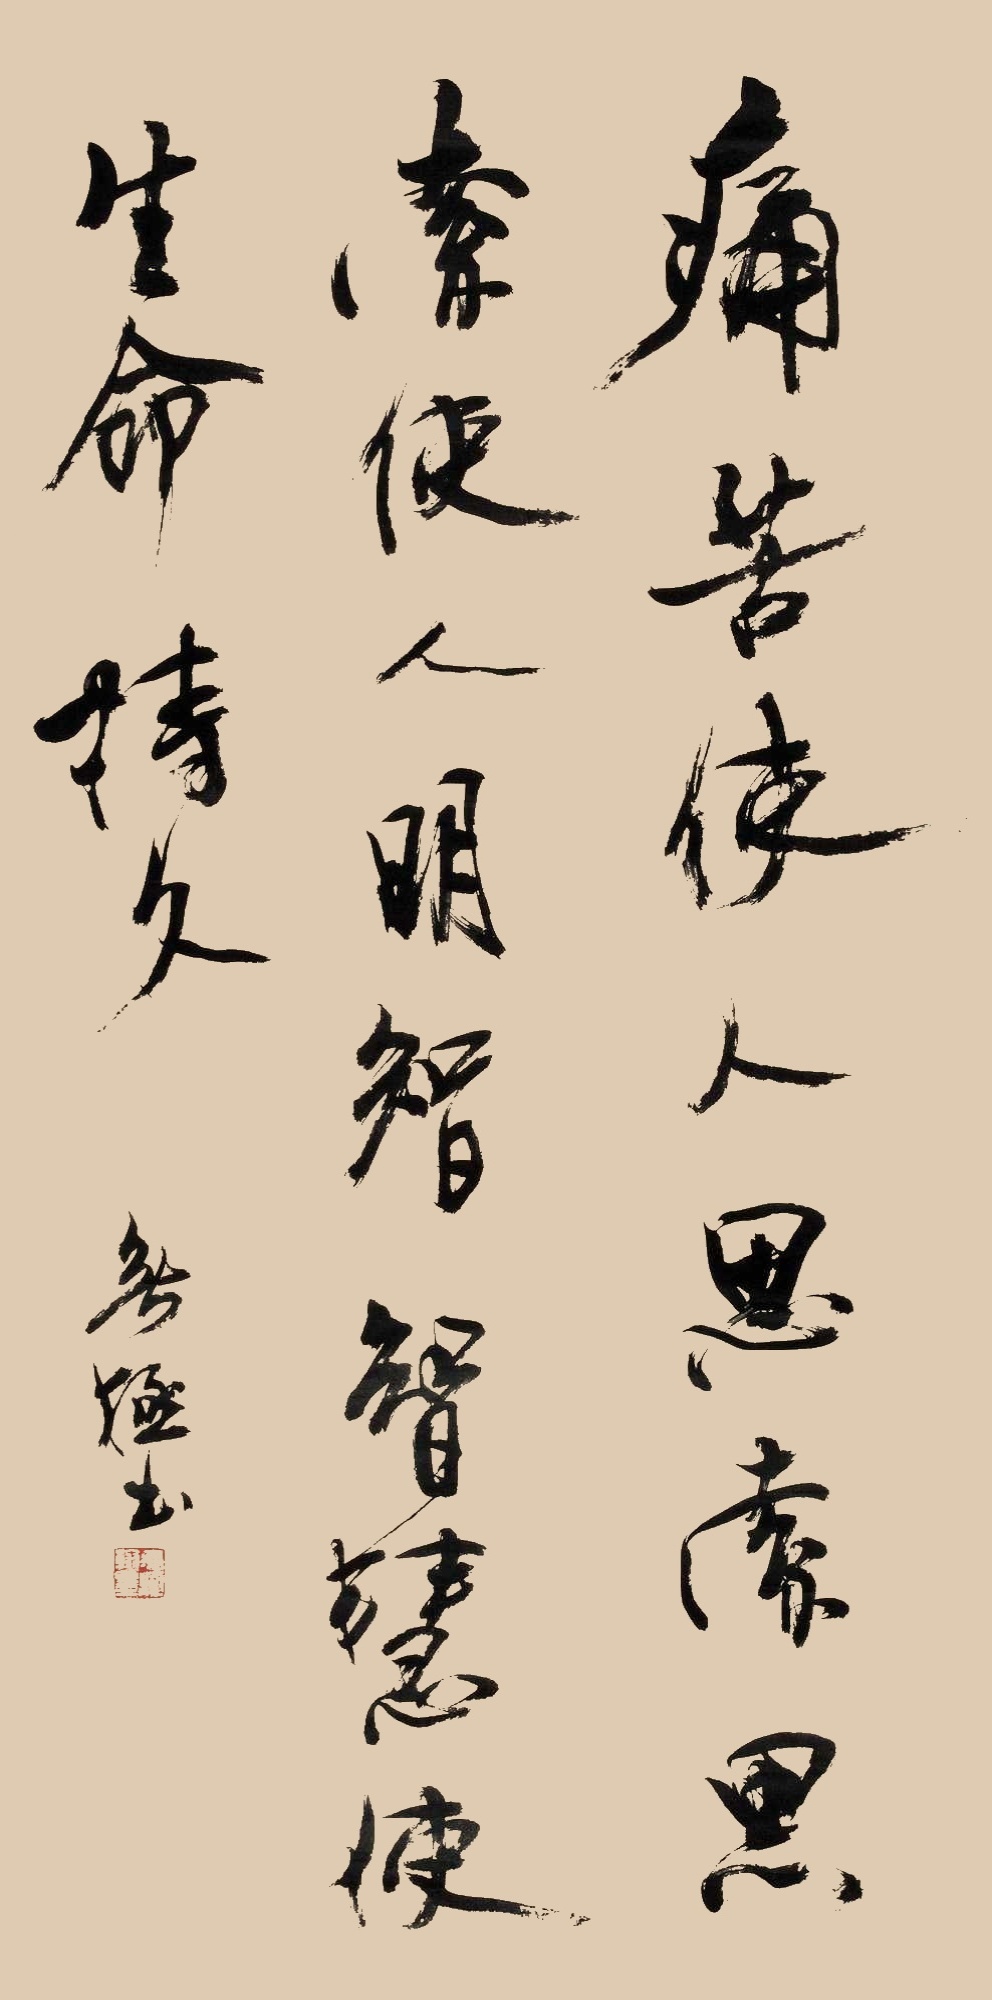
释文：痛苦使人思索，思索使人明智，智慧使生命持久。无极书。